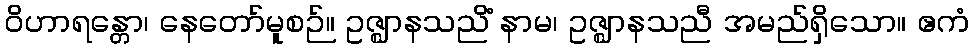
ဝိဟာရန္တော၊ နေတော်မူစဉ်။ ဥဇ္ဈာနသညိံ နာမ၊ ဥဇ္ဈာနသညီ အမည်ရှိသော။ ဧကံ